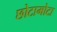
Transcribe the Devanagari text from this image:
छोटामोटा